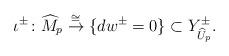
LaTeX: \begin{align*}\iota^{\pm} \colon \widehat{M}_p \stackrel{\cong}{\to}\{d w^{\pm}=0\} \subset Y_{\widehat{U}_p}^{\pm}.\end{align*}